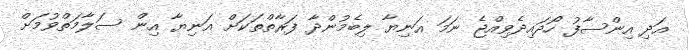
އަދި އިންސާފު ހޯދައިދެވިއްޖެ ނަމަ އަނިޔާ ލިބެމުންދާ ފަރާތްތަކަށް އަނިޔާ އިން ސަލާމަތްވުމަށް